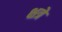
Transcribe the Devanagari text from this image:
क्षत्रे